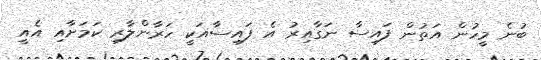
ބުނެ މީހުން އަތުން ފައިސާ ނަގާއިރު އެ ފައިސާއަކީ ހަރާންލާރި ކަމަށާއި އެއީ